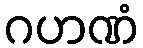
ဂဟဏံ